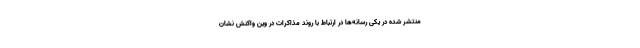
منتشر شده در یکی رسانه‌ها در ارتباط با روند مذاکرات در وین واکنش نشان